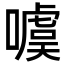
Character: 噳